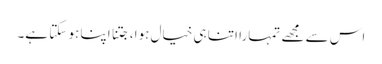
اس سے مجھے تمہارا اتنا ہی خیال ہوا، جتنا اپنا ہو سکتا ہے۔